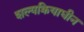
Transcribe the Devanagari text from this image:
शल्यक्रियाधीन